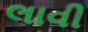
લાવી